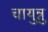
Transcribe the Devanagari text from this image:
चायुन्नु